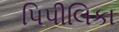
પિપીલિકા